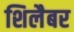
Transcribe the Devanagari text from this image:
शिलैबर